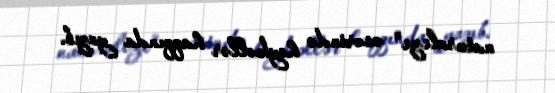
naturaleza" əsərində heykəllər haqqında yazıb.